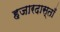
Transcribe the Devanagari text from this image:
हजारदास्ताँ